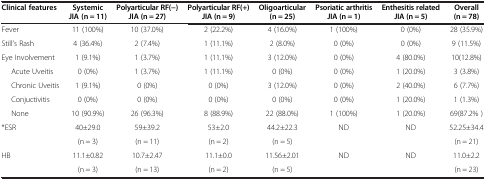
<table><thead><tr><td><b>Clinical features</b></td><td><b>Systemic JIA (n = 11)</b></td><td><b>Polyarticular RF(−) JIA (n = 27)</b></td><td><b>Polyarticular RF(+) JIA (n = 9)</b></td><td><b>Oligoarticular (n = 25)</b></td><td><b>Psoriatic arthritis JIA (n = 1)</b></td><td><b>Enthesitis related JIA (n = 5)</b></td><td><b>Overall (n = 78)</b></td></tr></thead><tbody><tr><td>Fever</td><td>11 (100%)</td><td>10 (37.0%)</td><td>2 (22.2%)</td><td>4 (16.0%)</td><td>1 (100%)</td><td>0 (0%)</td><td>28 (35.9%)</td></tr><tr><td>Still’s Rash</td><td>4 (36.4%)</td><td>2 (7.4%)</td><td>1 (11.1%)</td><td>2 (8.0%)</td><td>0 (0%)</td><td>0 (0%)</td><td>9 (11.5%)</td></tr><tr><td>Eye Involvement</td><td>1 (9.1%)</td><td>1 (3.7%)</td><td>1 (11.1%)</td><td>3 (12.0%)</td><td>0 (0%)</td><td>4 (80.0%)</td><td>10(12.8%)</td></tr><tr><td>Acute Uveitis</td><td>0 (0%)</td><td>1 (3.7%)</td><td>1 (11.1%)</td><td>0 (0%)</td><td>0 (0%)</td><td>1 (20.0%)</td><td>3 (3.8%)</td></tr><tr><td>Chronic Uveitis</td><td>1 (9.1%)</td><td>0 (0%)</td><td>0 (0%)</td><td>3 (12.0%)</td><td>0 (0%)</td><td>2 (40.0%)</td><td>6 (7.7%)</td></tr><tr><td>Conjuctivitis</td><td>0 (0%)</td><td>0 (0%)</td><td>0 (0%)</td><td>0 (0%)</td><td>0 (0%)</td><td>1 (20.0%)</td><td>1 (1.3%)</td></tr><tr><td>None</td><td>10 (90.9%)</td><td>26 (96.3%)</td><td>8 (88.9%)</td><td>22 (88.0%)</td><td>1 (100%)</td><td>1 (20.0%)</td><td>69(87.2% )</td></tr><tr><td rowspan="2">*ESR</td><td>40±29.0</td><td>59±39.2</td><td>53±2.0</td><td>44.2±22.3</td><td>ND</td><td>ND</td><td>52.25±34.4</td></tr><tr><td>(n = 3)</td><td>(n = 11)</td><td>(n = 2)</td><td>(n = 5)</td><td> </td><td> </td><td>(n = 21)</td></tr><tr><td>HB</td><td>11.1±0.82</td><td>10.7±2.47</td><td>11.1±0.0</td><td>11.56±2.01</td><td>ND</td><td>ND</td><td>11.0±2.2</td></tr><tr><td> </td><td>(n = 3)</td><td>(n = 13)</td><td>(n = 2)</td><td>(n = 5)</td><td> </td><td> </td><td>(n = 23)</td></tr></tbody></table>